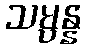
သမ္ပန္န